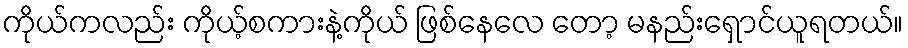
ကိုယ်ကလည်း ကိုယ့်စကားနဲ့ကိုယ် ဖြစ်နေလေ တော့ မနည်းရှောင်ယူရတယ်။